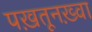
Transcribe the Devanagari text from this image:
पख़तूनख़्वा